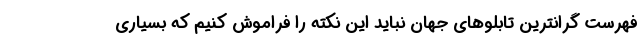
فهرست گرانترین تابلو‌های جهان نباید این نکته را فراموش کنیم که بسیاری